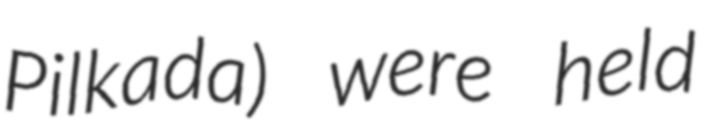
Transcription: Pilkada) were held